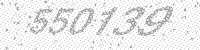
Solution: 550139